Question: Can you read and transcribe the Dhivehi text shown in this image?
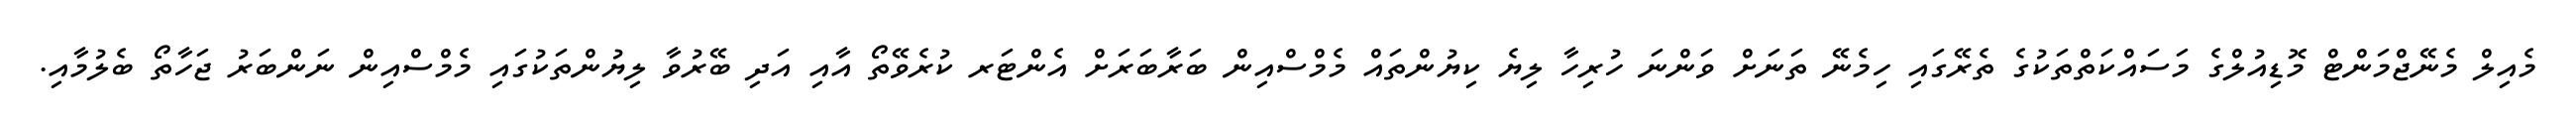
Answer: މެއިލް މެނޭޖްމަންޓް މޮޑިއުލްގެ މަސައްކަތްތަކުގެ ތެރޭގައި ހިމެނޭ ތަނަށް ވަންނަ ހުރިހާ ލިޔެ ކިޔުންތައް މެމްސްއިން ބަރާބަރަށް އެންޓަރ ކުރެވޭތޯ އާއި އަދި ބޭރުވާ ލިޔުންތަކުގައި މެމްސްއިން ނަންބަރު ޖަހާތޯ ބެލުމާއި.